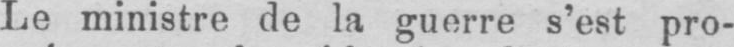
Le ministre de la guerre s’est pro-